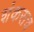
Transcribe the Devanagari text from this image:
शंकराच